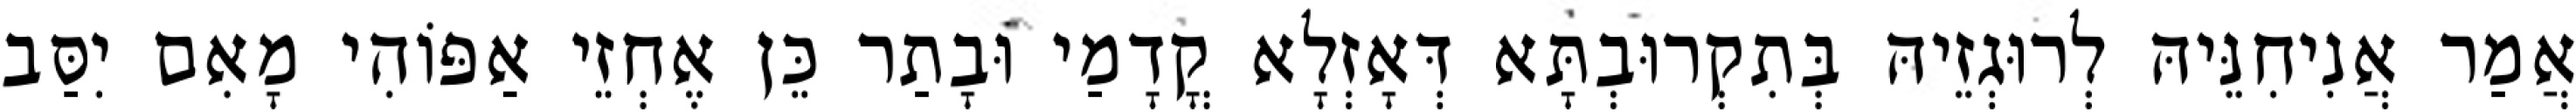
אֲמַר אֲנִיחִנֵּיהּ לְרוּגְזֵיהּ בְּתִקְרוּבְתָּא דְּאָזְלָא קֳדָמַי וּבָתַר כֵּן אֶחְזֵי אַפּוֹהִי מָאִם יִסַּב